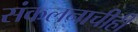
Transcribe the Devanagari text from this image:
संकलनाचीही